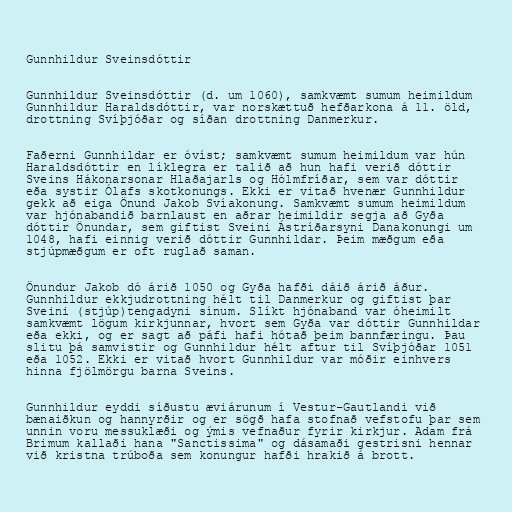
Gunnhildur Sveinsdóttir

Gunnhildur Sveinsdóttir (d. um 1060), samkvæmt sumum heimildum
Gunnhildur Haraldsdóttir, var norskættuð hefðarkona á 11. öld,
drottning Svíþjóðar og síðan drottning Danmerkur.

Faðerni Gunnhildar er óvíst; samkvæmt sumum heimildum var hún
Haraldsdóttir en líklegra er talið að hun hafi verið dóttir
Sveins Hákonarsonar Hlaðajarls og Hólmfríðar, sem var dóttir
eða systir Ólafs skotkonungs. Ekki er vitað hvenær Gunnhildur
gekk að eiga Önund Jakob Svíakonung. Samkvæmt sumum heimildum
var hjónabandið barnlaust en aðrar heimildir segja að Gyða
dóttir Önundar, sem giftist Sveini Ástríðarsyni Danakonungi um
1048, hafi einnig verið dóttir Gunnhildar. Þeim mæðgum eða
stjúpmæðgum er oft ruglað saman.

Önundur Jakob dó árið 1050 og Gyða hafði dáið árið áður.
Gunnhildur ekkjudrottning hélt til Danmerkur og giftist þar
Sveini (stjúp)tengadyni sínum. Slíkt hjónaband var óheimilt
samkvæmt lögum kirkjunnar, hvort sem Gyða var dóttir Gunnhildar
eða ekki, og er sagt að páfi hafi hótað þeim bannfæringu. Þau
slitu þá samvistir og Gunnhildur hélt aftur til Svíþjóðar 1051
eða 1052. Ekki er vitað hvort Gunnhildur var móðir einhvers
hinna fjölmörgu barna Sveins.

Gunnhildur eyddi síðustu æviárunum í Vestur-Gautlandi við
bænaiðkun og hannyrðir og er sögð hafa stofnað vefstofu þar sem
unnin voru messuklæði og ýmis vefnaður fyrir kirkjur. Adam frá
Brimum kallaði hana "Sanctissima" og dásamaði gestrisni hennar
við kristna trúboða sem konungur hafði hrakið á brott.